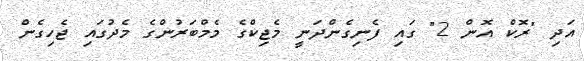
އަދި "ރޮކް އޮން 2" ގައި ފެނިގެންދަނީ މެޖިކްގެ މެމްބަރުންގެ މެދުގައި ޖެހިގެން